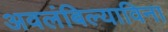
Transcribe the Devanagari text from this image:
अवलंबिल्याविना